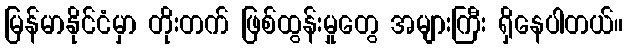
မြန်မာနိုင်ငံမှာ တိုးတက် ဖြစ်ထွန်းမှုတွေ အများကြီး ရှိနေပါတယ်။